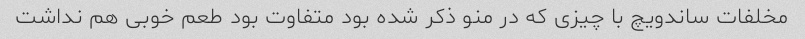
مخلفات ساندویچ با چیزی که در منو ذکر شده بود متفاوت بود طعم خوبی هم نداشت